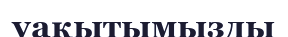
уақытымызды